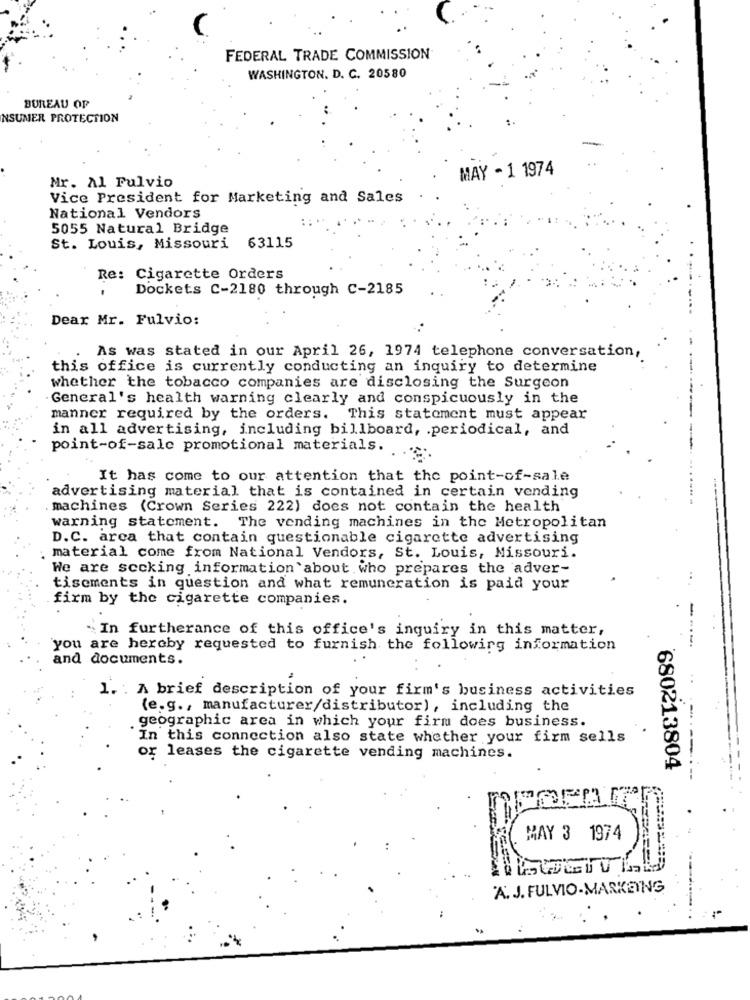
FEDERAL TRADE COMMISSION
WASHINGTON. D. C. 20580
BUREAU OF
NSUMER PROTECTION
MAY - 1 1974
Mr. Al Fulvio
Vice President for Marketing and Sales
National Vendors
5055 Natural Bridge
St. Louis, Missouri 63115
Re: Cigarette Orders
Dockets C-2180 through C-2185
...
Dear Mr. Fulvio:
As was stated in our April 26, 1974 telephone conversation,
this office is currently conducting an inquiry to determine
whether the tobacco companies are disclosing the Surgeon
.General's health warning clearly and conspicuously in the
manner required by the orders. This statement must appear
in all advertising, including billboard, . periodical, and
point-of-sale promotional materials.
It has come to our attention that the point-of-sale
advertising material that is contained in certain vending
machines (Crown Series 222) does not contain the health
warning statement. The vending machines in the Metropolitan
D.C. arca that contain questionable cigarette advertising
material come from National Vendors, St. Louis, Missouri.
We are scoking information about who prepares the adver-
tisements in question and what remuneration is paid your
firm by the cigarette companies.
" In furtherance of this office's inquiry in this matter,
----.
you are hereby requested to furnish the following information
and documents.
1. . A brief description of your firm's business activities
(e.g ., manufacturer/distributor), including the
geographic area in which your firm does business.
In this connection also state whether your firm sells
----
or leases the cigarette vending machines.
680213804
MAY 3 1974
A. J. FULVIO-MARKETING